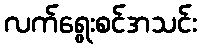
လက်ရွေးစင်အသင်း